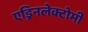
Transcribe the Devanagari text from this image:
एड्रिनलेक्टोमी